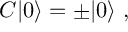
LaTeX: C | 0 \rangle = \pm | 0 \rangle \ ,